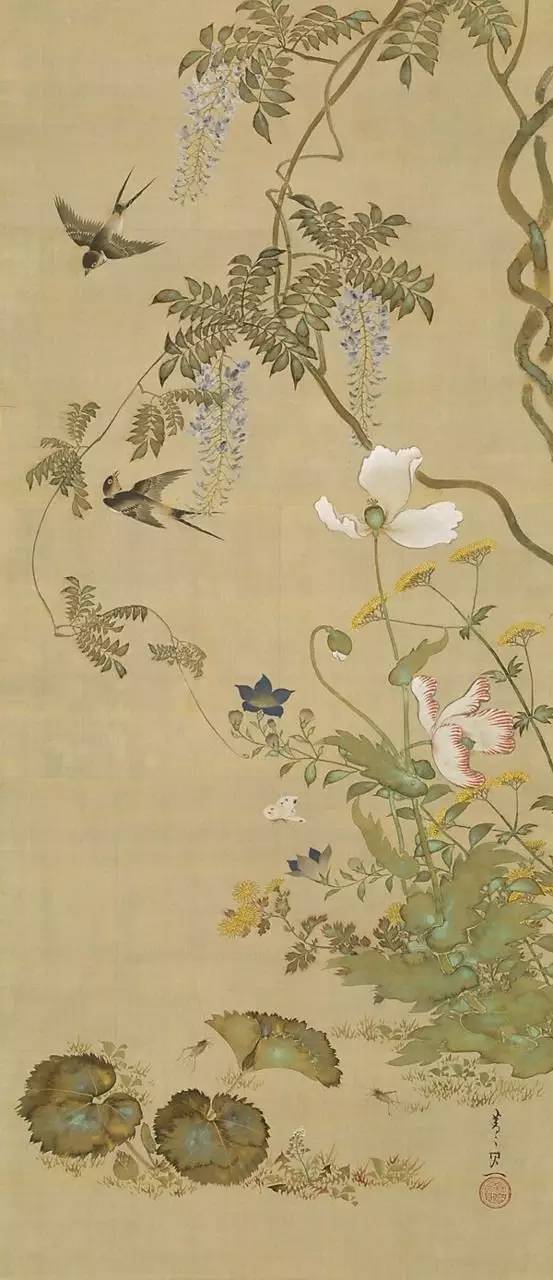
飘零疏酒盏，离别宽衣带。